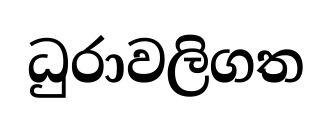
ධුරාවලිගත